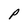
Character: P